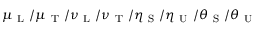
\mu _ { \mathrm { ~ L ~ } } / \mu _ { \mathrm { ~ T ~ } } / \nu _ { \mathrm { ~ L ~ } } / \nu _ { \mathrm { ~ T ~ } } / \eta _ { \mathrm { ~ S ~ } } / \eta _ { \mathrm { ~ U ~ } } / \theta _ { \mathrm { ~ S ~ } } / \theta _ { \mathrm { ~ U ~ } }